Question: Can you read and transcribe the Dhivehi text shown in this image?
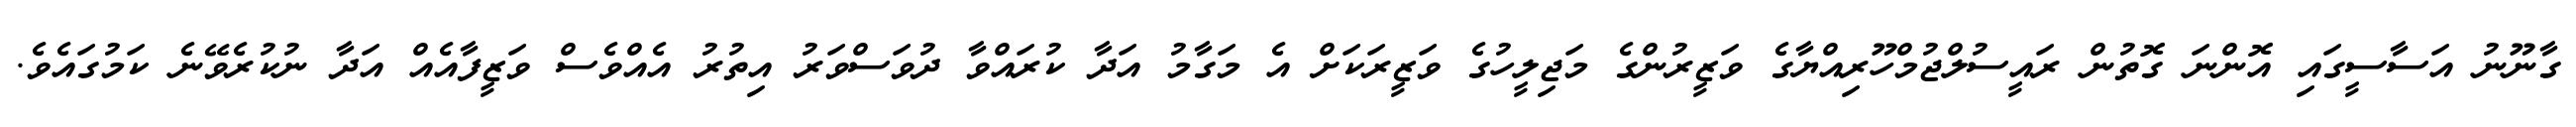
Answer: ގާނޫނު އަސާސީގައި އޮންނަ ގޮތުން ރައީސުލްޖުމްހޫރިއްޔާގެ ވަޒީރުންގެ މަޖިލީހުގެ ވަޒީރަކަށް އެ މަގާމު އަދާ ކުރައްވާ ދުވަސްވަރު އިތުރު އެއްވެސް ވަޒީފާއެއް އަދާ ނުކުރެވޭނެ ކަމުގައެވެ.